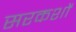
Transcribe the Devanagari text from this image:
सरकशों